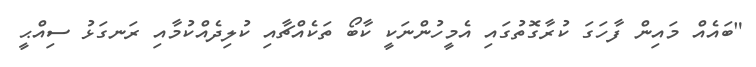
"ބައެެއް މައިން ފާހަގަ ކުރާގޮތުގައި އެމީހުންނަކީ ކާބޯ ތަކެއްޗާއި ކުލިދެއްކުމާއި ރަނގަޅު ސިއްޙީ